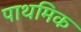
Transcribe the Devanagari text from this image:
पाथमिक